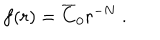
f ( r ) = \overline { { { C } } } _ { 0 } r ^ { - N } \mathrm { ~ . }